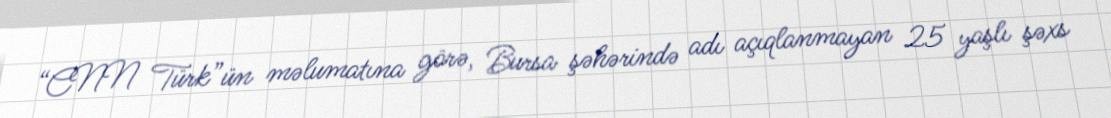
“CNN Türk”ün məlumatına görə, Bursa şəhərində adı açıqlanmayan 25 yaşlı şəxs